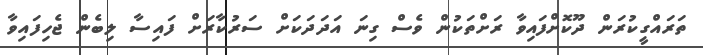
ތަރައްގީކުރަން ދޫކޮށްފައިވާ ރަށްތަކުން ވެސް ގިނަ އަދަދަކަށް ސަރުކާރަށް ފައިސާ ލިބެން ޖެހިފައިވާ